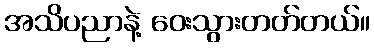
အသိပညာနဲ့ ဝေးသွားတတ်တယ်။